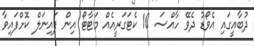
ދުބާއީގައި އެވޯޑު ދެވޭ ހާއްސަ 10 ކެޓަގަރީއެއް މަޓާޓޯ އިން ފައިނަލް ކޮށްފައިވާ